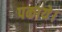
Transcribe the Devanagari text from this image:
पकाये।